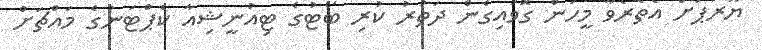
ޔޫރަޕަށް އެތެރެވާ މީހުން ގޮވައިގެން ދަތުރު ކުރި ބޯޓުގެ ޓިއުނީޝިއާ ކެޕްޓަނުގެ މައްޗަށް